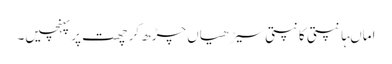
اماںہانپتی کانپتی سیڑھیاں چڑھ کر چھت پر پہنچیں۔